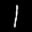
Label: 1